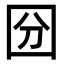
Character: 𡇇